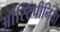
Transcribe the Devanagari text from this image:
ऑस्टिपीनिया